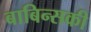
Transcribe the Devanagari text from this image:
बाबिन्सकी